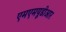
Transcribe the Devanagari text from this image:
एमएमयूडीआर